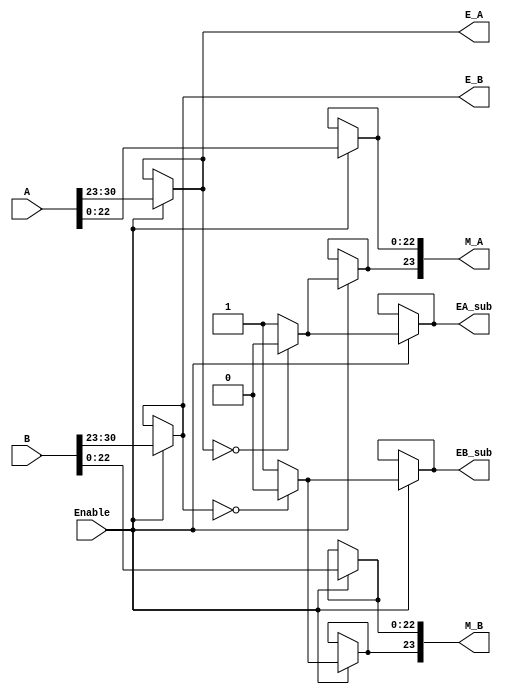
module selector_div
(
    input   [30 : 0]   A, B,
    input              Enable,      // If enable signal is high it means we do not have a special case
    output  [7:0]      E_A,
    output  [7:0]      E_B,
    output  [23:0]     M_A,
    output  [23:0]     M_B,
    output             EA_sub, EB_sub
);
    

// *******************************&&%&%&&******************************


assign E_A = (Enable)? A[30:23] : E_A;  // E_A --> exponent of input A


assign E_B = (Enable)? B[30:23] : E_B;  // E_B --> exponent of input B

//

assign EA_sub = (Enable)? ((E_A == 0)? 1'b0 : 1'b1 ) :  EA_sub;

assign M_A[23] = (Enable)? ((E_A == 0)? 1'b0 : 1'b1 ) : M_A[23];

assign M_A[22:0] = (Enable)? A[22:0] : M_A[22:0];       // M_A --> mantissa of input A



assign EB_sub = (Enable)? ((E_B == 0)? 1'b0 : 1'b1 ) :  EB_sub;

assign M_B[23] = (Enable)? ((E_B == 0)? 1'b0 : 1'b1 ) : M_B[23];

assign M_B[22:0] = (Enable)? B[22:0] : M_B[22:0];       // M_B --> mantissa of input B         


endmodule //selector_div